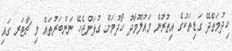
ހިދުމަތްދޭ ގަޑިތަކުގެ އިތުރުން މައުލޫމާދު ހޯދުމަށް ގުޅަންޖެހޭ ނަންބަރުތައް މި ޗާޓަރ ގައި